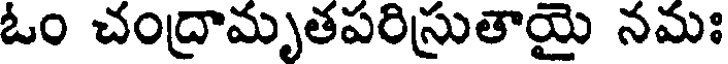
ఓం చంద్రామృతపరిస్రుతాయై నమః